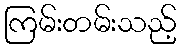
ကြမ်းတမ်းသည့်